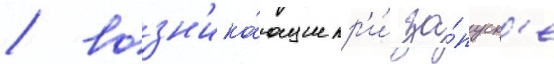
/ возн'ика́ющие пр'и́ за́пуск'е